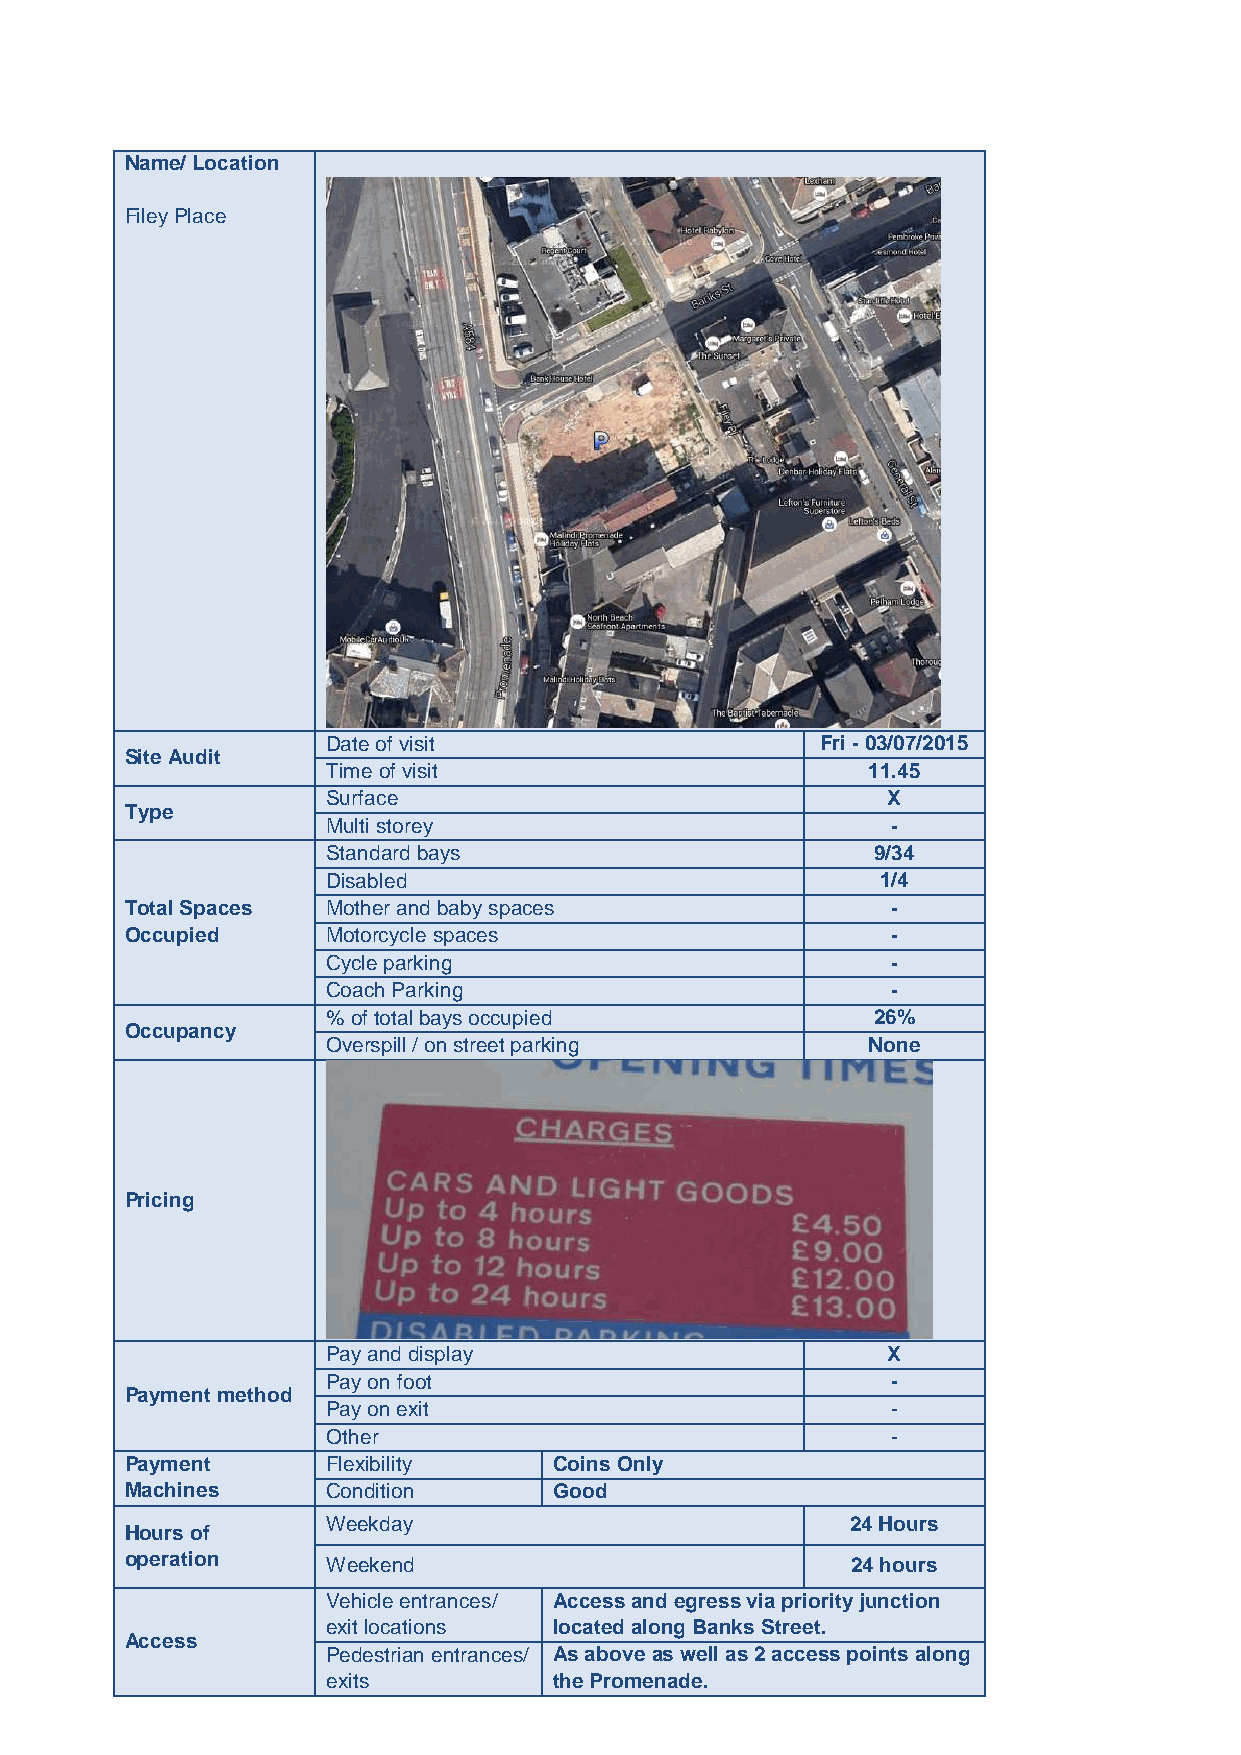
Name/ Location
 Filey Place
 Date of visit                   Fri - 03/07/2015
 Site Audit
 Time of visit                      11.45
 Surface                              X
 Type
 Multi storey                         -
 Standard bays                       9/34
 Disabled                            1/4
 Total Spaces  Mother and baby spaces               -
 Occupied      Motorcycle spaces                    -
 Cycle parking                        -
 Coach Parking                        -
 % of total bays occupied            26%
 Occupancy
 Overspill / on street parking      None
 Pricing
 Pay and display                      X
 Pay on foot                          -
 Payment method
 Pay on exit                          -
 Other                                -
 Payment       Flexibility    Coins Only
 Machines      Condition      Good
 Weekday                           24 Hours
 Hours of
 operation     Weekend                           24 hours
 Vehicle entrances/ Access and egress via priority junction
 exit locations located along Banks Street.
 Access
 Pedestrian entrances/ As above as well as 2 access points along
 exits          the Promenade.